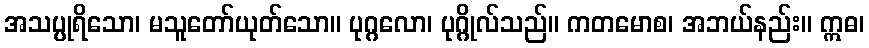
အသပ္ပုရိသော၊ မသူတော်ယုတ်သော။ ပုဂ္ဂလော၊ ပုဂ္ဂိုလ်သည်။ ကတမောစ၊ အဘယ်နည်း။ ဣဓ၊